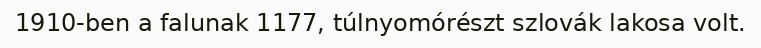
1910-ben a falunak 1177, túlnyomórészt szlovák lakosa volt.